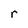
Character: r